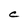
Character: C